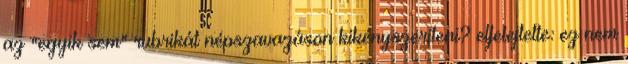
az "egyik sem" rubrikát népszavazáson kikényszeríteni? elfelejtette: ez nem